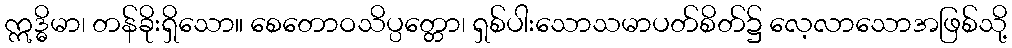
ဣဒ္ဓိမာ၊ တန်ခိုးရှိသော။ စေတောဝသိပ္ပတ္တော၊ ရှစ်ပါးသောသမာပတ်စိတ်၌ လေ့လာသောအဖြစ်သို့